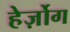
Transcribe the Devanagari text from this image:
हेर्ज़ोग